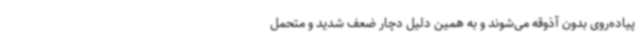
پیاده‌روی بدون آذوقه می‌شوند و به همین دلیل دچار ضعف شدید و متحمل